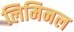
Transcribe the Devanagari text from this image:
लिमिनल